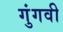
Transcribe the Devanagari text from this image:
गुंगवी